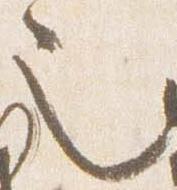
也